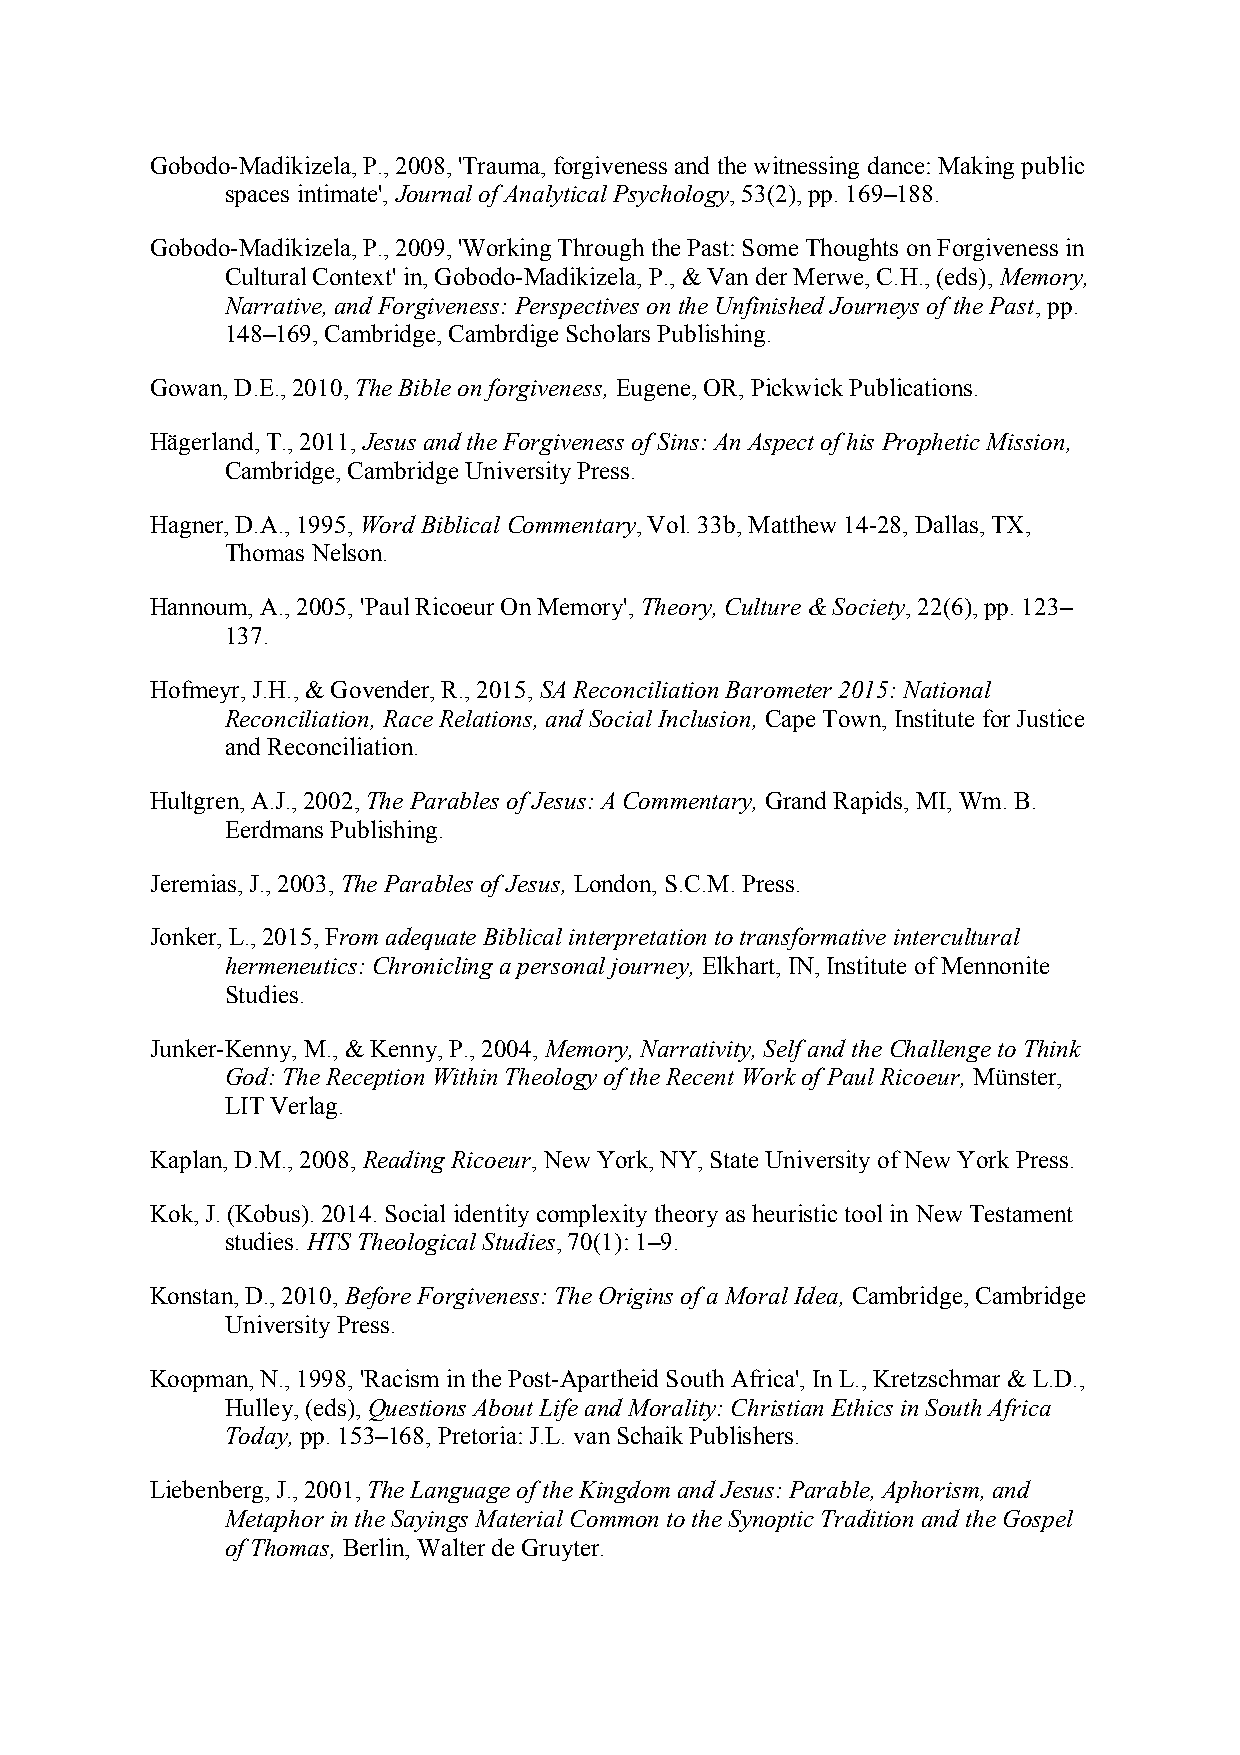
Gobodo-Madikizela, P., 2008, 'Trauma, forgiveness and the witnessing dance: Making public
 spaces intimate', Journal of Analytical Psychology, 53(2), pp. 169–188.
 Gobodo-Madikizela, P., 2009, 'Working Through the Past: Some Thoughts on Forgiveness in
 Cultural Context' in, Gobodo-Madikizela, P., & Van der Merwe, C.H., (eds), Memory,
 Narrative, and Forgiveness: Perspectives on the Unfinished Journeys of the Past, pp.
 148–169, Cambridge, Cambrdige Scholars Publishing.
 Gowan, D.E., 2010, The Bible on forgiveness, Eugene, OR, Pickwick Publications.
 Hägerland, T., 2011, Jesus and the Forgiveness of Sins: An Aspect of his Prophetic Mission,
 Cambridge, Cambridge University Press.
 Hagner, D.A., 1995, Word Biblical Commentary, Vol. 33b, Matthew 14-28, Dallas, TX,
 Thomas Nelson.
 Hannoum, A., 2005, 'Paul Ricoeur On Memory', Theory, Culture & Society, 22(6), pp. 123–
 137.
 Hofmeyr, J.H., & Govender, R., 2015, SA Reconciliation Barometer 2015: National
 Reconciliation, Race Relations, and Social Inclusion, Cape Town, Institute for Justice
 and Reconciliation.
 Hultgren, A.J., 2002, The Parables of Jesus: A Commentary, Grand Rapids, MI, Wm. B.
 Eerdmans Publishing.
 Jeremias, J., 2003, The Parables of Jesus, London, S.C.M. Press.
 Jonker, L., 2015, From adequate Biblical interpretation to transformative intercultural
 hermeneutics: Chronicling a personal journey, Elkhart, IN, Institute of Mennonite
 Studies.
 Junker-Kenny, M., & Kenny, P., 2004, Memory, Narrativity, Self and the Challenge to Think
 God: The Reception Within Theology of the Recent Work of Paul Ricoeur, Münster,
 LIT Verlag.
 Kaplan, D.M., 2008, Reading Ricoeur, New York, NY, State University of New York Press.
 Kok, J. (Kobus). 2014. Social identity complexity theory as heuristic tool in New Testament
 studies. HTS Theological Studies, 70(1): 1–9.
 Konstan, D., 2010, Before Forgiveness: The Origins of a Moral Idea, Cambridge, Cambridge
 University Press.
 Koopman, N., 1998, 'Racism in the Post-Apartheid South Africa', In L., Kretzschmar & L.D.,
 Hulley, (eds), Questions About Life and Morality: Christian Ethics in South Africa
 Today, pp. 153–168, Pretoria: J.L. van Schaik Publishers.
 Liebenberg, J., 2001, The Language of the Kingdom and Jesus: Parable, Aphorism, and
 Metaphor in the Sayings Material Common to the Synoptic Tradition and the Gospel
 of Thomas, Berlin, Walter de Gruyter.